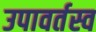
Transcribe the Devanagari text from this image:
उपावर्तस्व